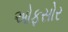
ઓફસોર